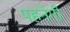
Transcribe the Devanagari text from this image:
पहनेंगी